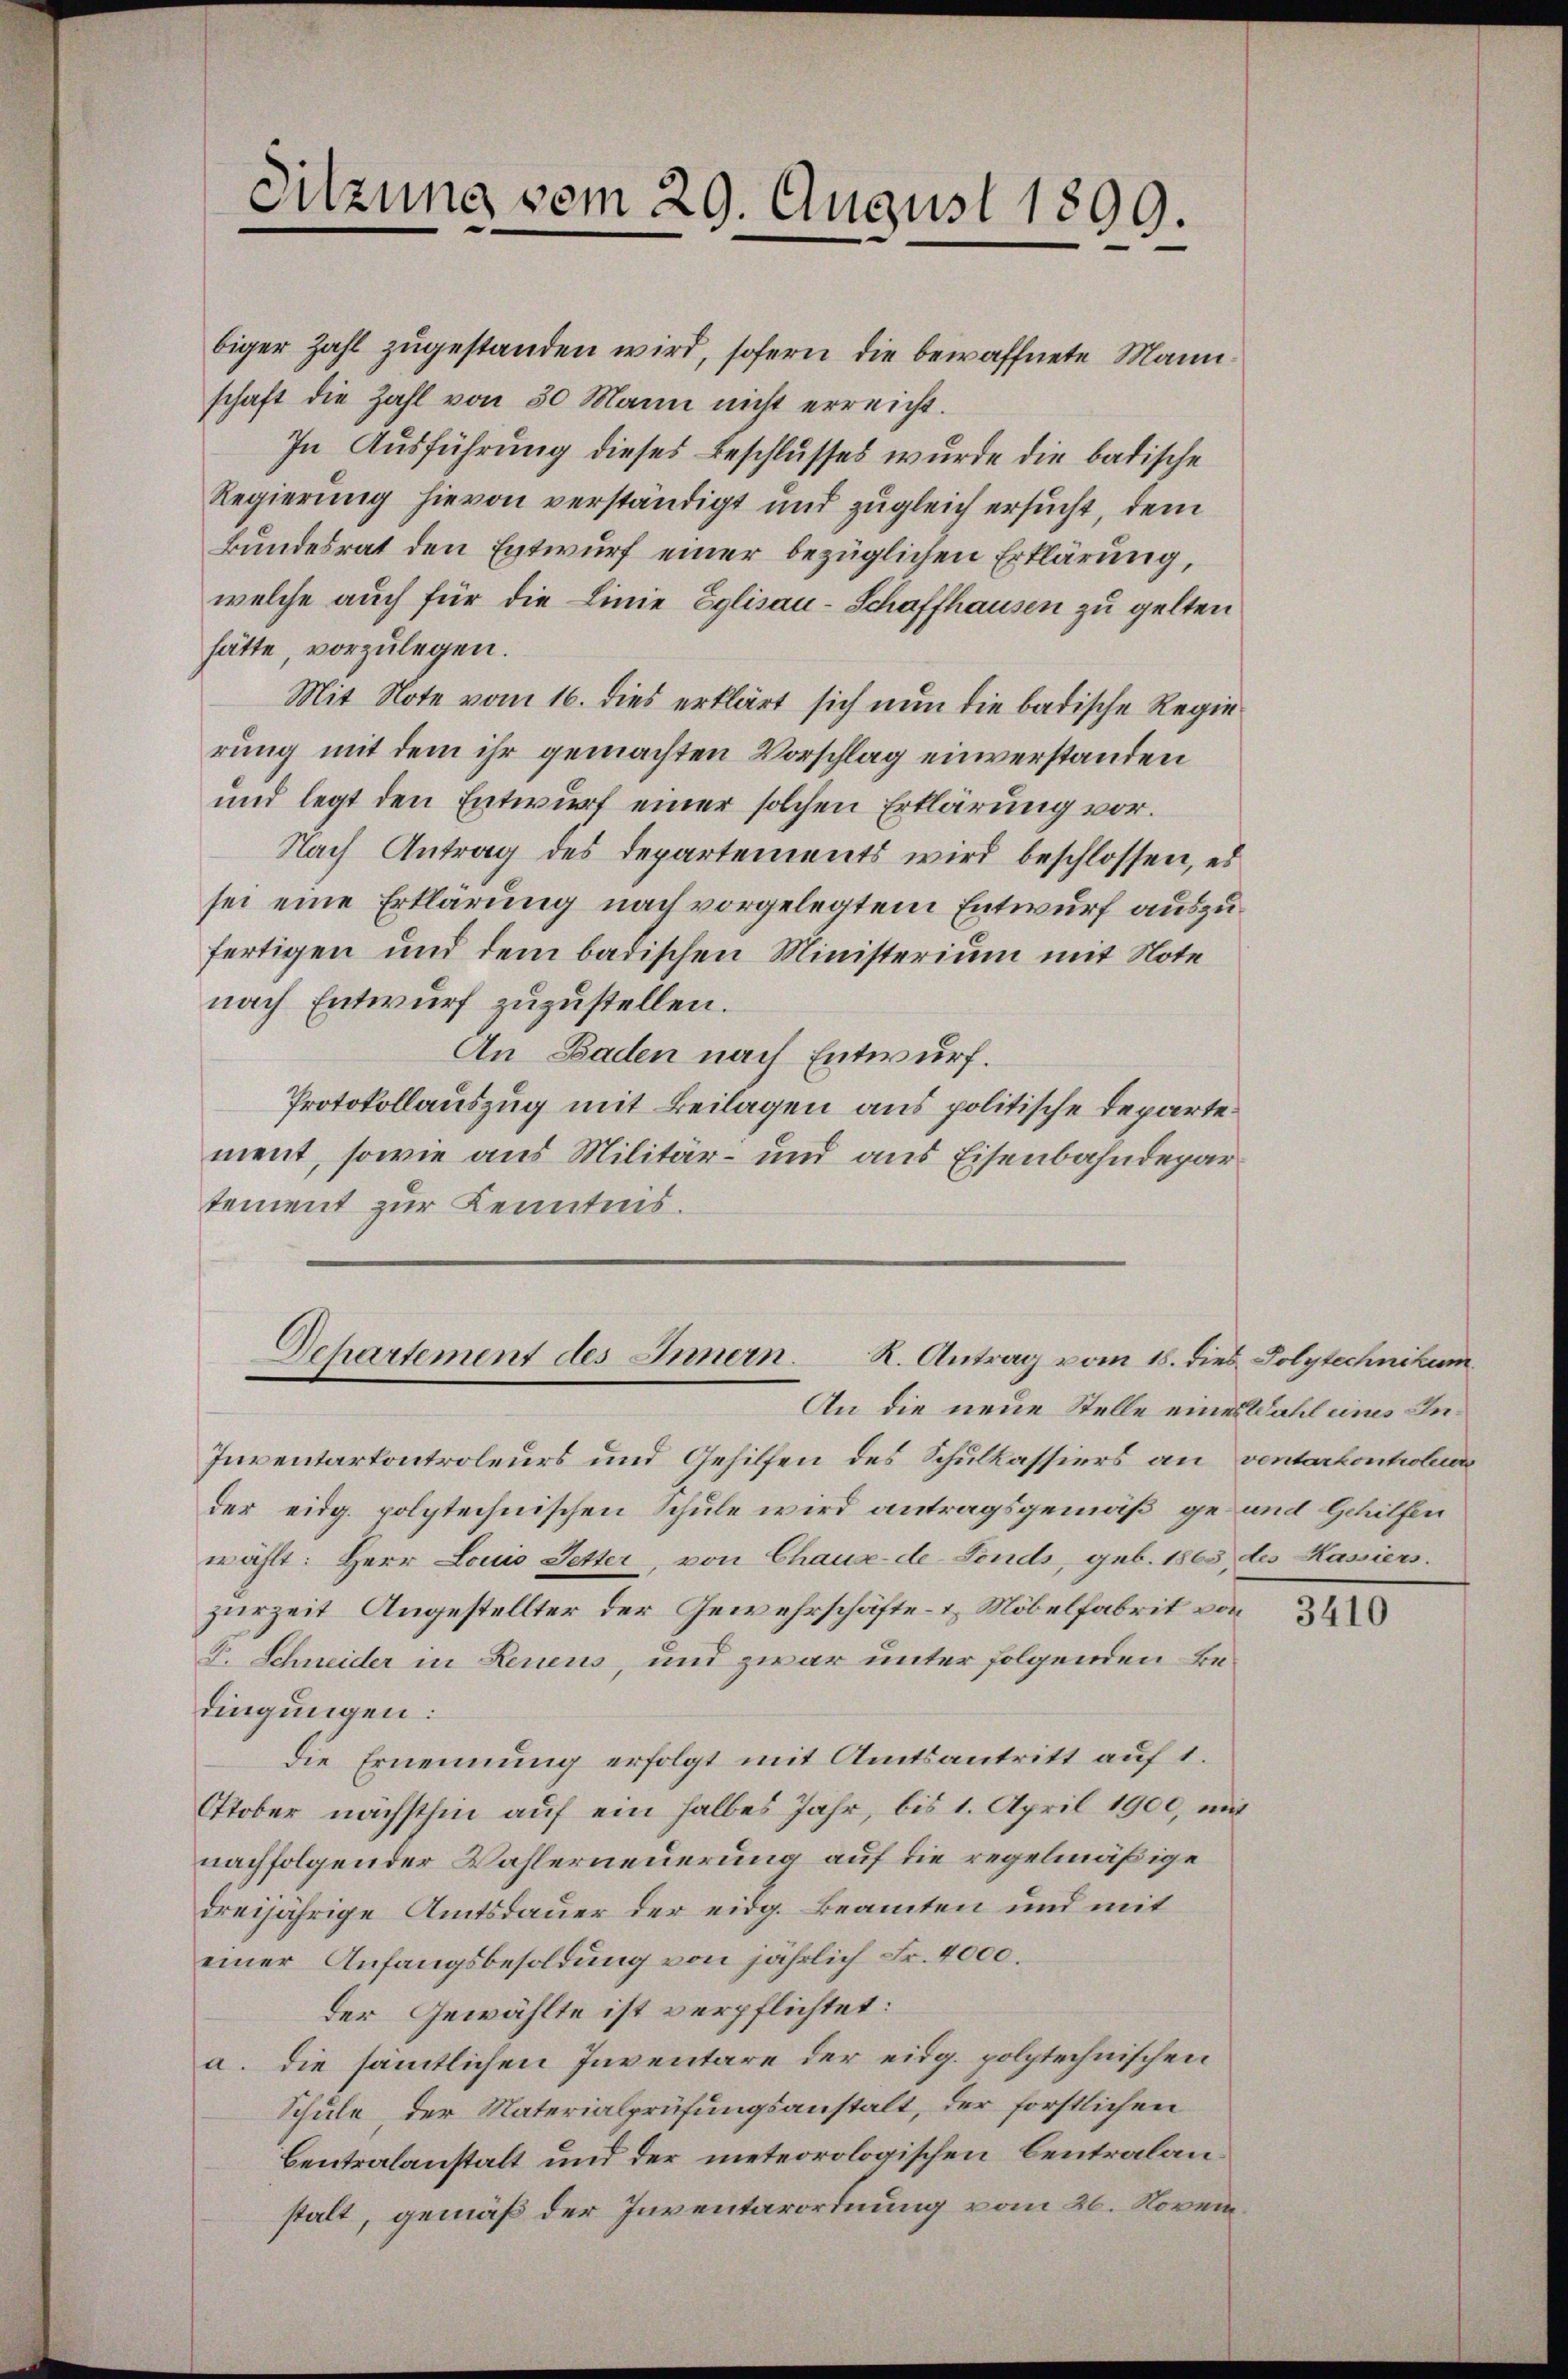
Sitzung vom 29. August 1899.

biger Zahl zugestanden wird, sofern die bewaffnete Mannschaft die Zahl von 50 Mann nicht erreicht.
In Ausführung dieses Beschlusses wurde die badische
Regierung hievon verständigt und zugleich ersucht, dem
Bundesrat den Entwurf einer bezüglichen Erklärung,
welche auch für die Linie Eglisau-Schaffhausen zu gelten
hätte, vorzulegen.
Mit Note vom 16. dies erklärt sich nun die badische Regierung mit dem ihr gemachten Vorschlag einverstanden
und legt den Entwurf einer solchen Erklärung vor.
Nach Antrag des Departements wird beschlossen, es
sei eine Erklärung nach vorgelegtem Entwurf auszufertigen und dem badischen Ministerium mit Note
nach Entwurf zuzustellen.
An Baden nach Entwurf.
Protokollauszug mit Beilagen aus politische Departement, sowie aus Militär- und aus Eisenbahndepar
tement zur Kenntnis.

Dchartement des Innern. K. Antrag vom 18. dies Polytechnikum
An die neue Stelle eines Wahl eines In¬

Inventarkontroleurs und Gehilfen des Schulkassiers an ventarkontroler
der eidg. polytechnischen Schule wird antragsgemäß ge- und Gehilfen
wählt: Herr Louis Setter, von Chause-de-Fonds, geb. 1865, des Kassiers.
zurzeit Angestellter der Gewehrschäfte- & Möbelfabrit von
F. Schneider in Leuens, und zwar unter folgenden Bedingungen:
die Ernennung erfolgt mit Amtsantritt auf 1.
Oktober nächsthin auf ein halbes Jahr, bis 1. April 1900, mit
nachfolgender Wahlerneuerung auf die regelmäßige
dreijährige Amtsdauer der eidg. Beamten und mit
einer Anfangsbesoldung von jährlich Fr. 4000.
der Gewählte ist verpflichtet:
a. die sämtlichen Inventare der eidg. polytechnischen
Schule, der Materialprüfungsanstalt, der forstlichen
Centralanstalt und der meteorologischen Centralanstalt, gemäß der Inventarordnung vom 26. Novem¬

3410